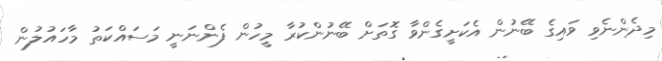
މިދެންނެވި ވައިގެ ބޭނުން އެކަށީގެންވާ ގޮތަށް ބޭނުންކުރާ މީހުން ފެންނަނީ މަސައްކަތު މާހައުލުން